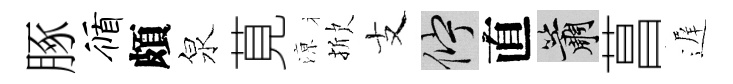
䐁循頗泉莧鿌掀支伫直簫菖遅